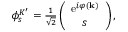
\begin{array} { r } { \phi _ { s } ^ { K ^ { \prime } } = \frac { 1 } { \sqrt { 2 } } \left( \begin{array} { c } { \mathrm { e } ^ { i \varphi ( \mathbf { k } ) } } \\ { s } \end{array} \right) , } \end{array}